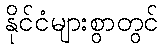
နိုင်ငံများစွာတွင်